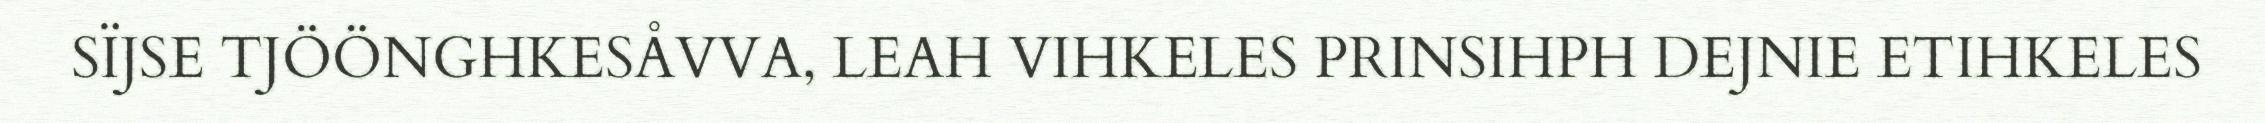
SÏJSE TJÖÖNGHKESÅVVA, LEAH VIHKELES PRINSIHPH DEJNIE ETIHKELES